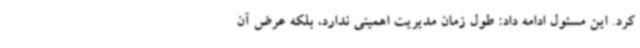
کرد. این مسئول ادامه داد: طول زمان مدیریت اهمیتی ندارد، بلکه عرض آن